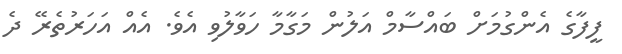
ފީފާގެ އެންގުމަށް ބައްސާމް އަލުން މަގާމާ ހަވާލުވި އެވެ. އެއް އަހަރުތެރޭ ދެ